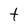
Character: t